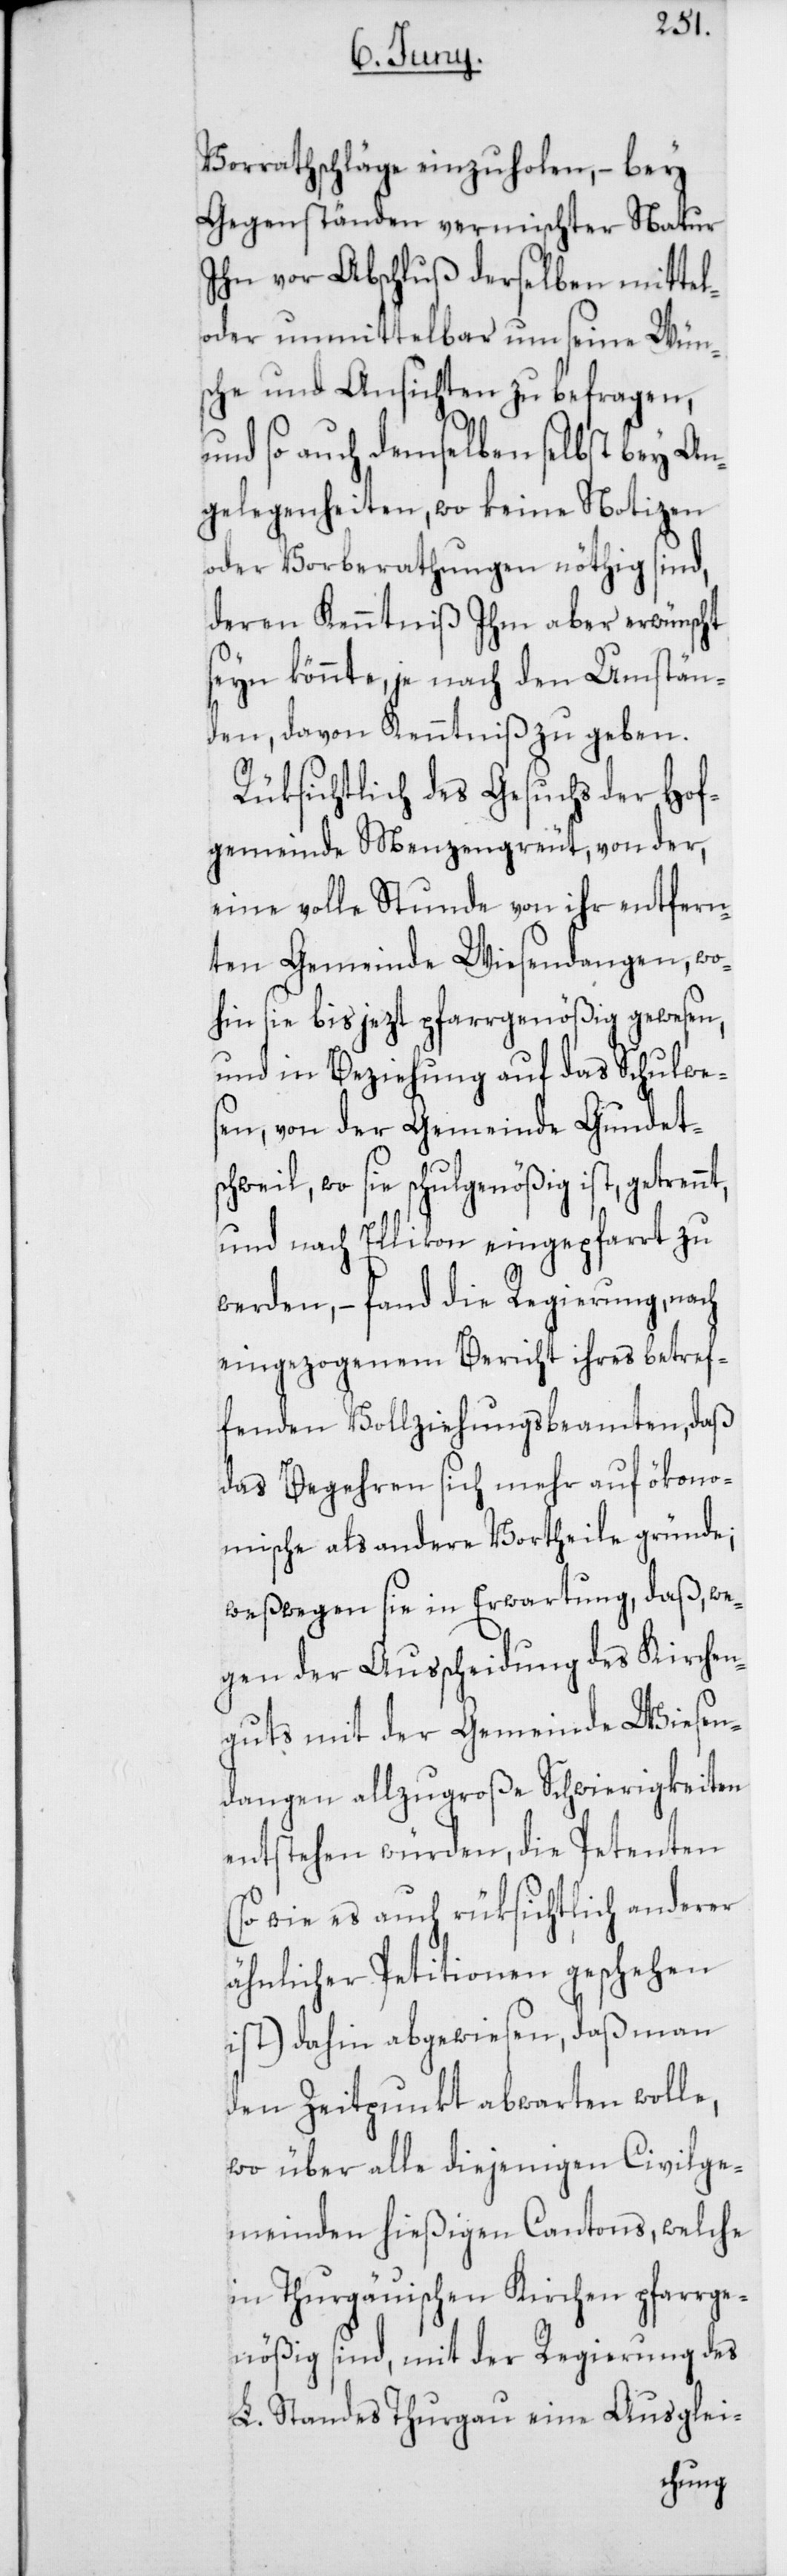
t,
Vorrathschläge einzuholen, – bey
Gegenständen vermischter Natur
Ihn vor Abschluß derselben mittel-
oder unmittelbar um seine Wün¬
sche und Ansichten zu befragen,
und so auch demselben selbst bey An¬
gelegenheiten, wo keine Notizen
oder Vorberathungen nöthig sind,
deren Kenntniß Ihm aber erwünscht
seyn könnte, je nach den Umstän¬
den, davon Kenntniß zu geben.
Rüksichtlich des Gesuchs der Hof¬
gemeinde Menzengrüt, von der,
eine volle Stunde von ihr entfern¬
ten Gemeinde Wiesendangen, wo¬
hin sie bis jezt pfarrgenößig gewesen,
und in Beziehung auf das Schulwe¬
sen, von der Gemeinde Gundets¬
chweil, wo sie schulgenößig ist, getrenn¬
und nach Ellikon eingepfarrt zu
werden, – fand die Regierung, nach
eingezogenem Bericht ihres betref¬
fenden Vollziehungsbeamten, daß
das Begehren sich mehr auf ökono¬
mische als andere Vortheile gründe;
weßwegen sie in Erwartung, daß, we¬
gen der Ausscheidung des Kirchen¬
guts mit der Gemeinde Wiesen¬
dangen allzugroße Schwierigkeiten
entstehen würden, die Petenten
(so wie es auch rüksichtlich anderer
ähnlicher Petitionen geschehen
ist) dahin abgewiesen, daß man
den Zeitpunkt abwarten wolle,
wo über alle diejenigen Civilge¬
meinden hießigen Cantons, welche
in Thurgauischen Kirchen pfarrge¬
nößig sind, mit der Regierung des
L. Standes Thurgau eine Ausglei-